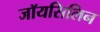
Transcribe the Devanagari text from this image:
जॉयसिलिन